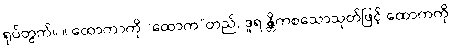
ရုပ်တွက်။ ။ ထောကာကို “ထောက”တည်, ဒူရ န္တိကစသောသုတ်ဖြင့် ထောကကို